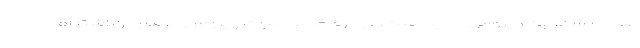
عملی نشد. این ویروس جدید است. درباره خصوصیات ویروس حرف زدن اشتباه